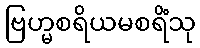
ဗြဟ္မစရိယမစရိံသု